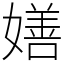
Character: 嫸